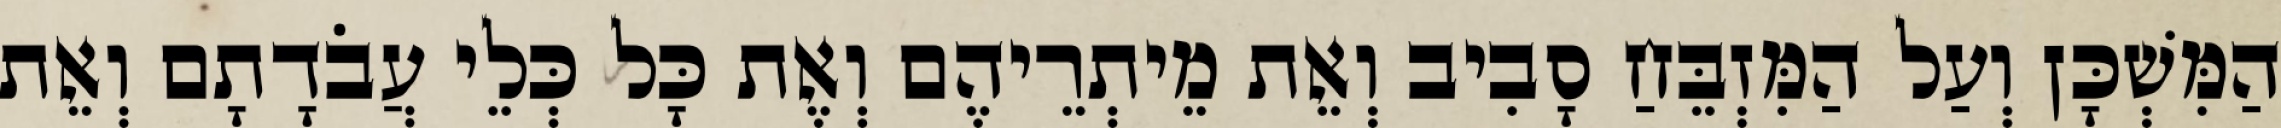
הַמִּשְׁכָּן וְעַל הַמִּזְבֵּחַ סָבִיב וְאֵת מֵיתְרֵיהֶם וְאֶת כָּל כְּלֵי עֲבֹדָתָם וְאֵת